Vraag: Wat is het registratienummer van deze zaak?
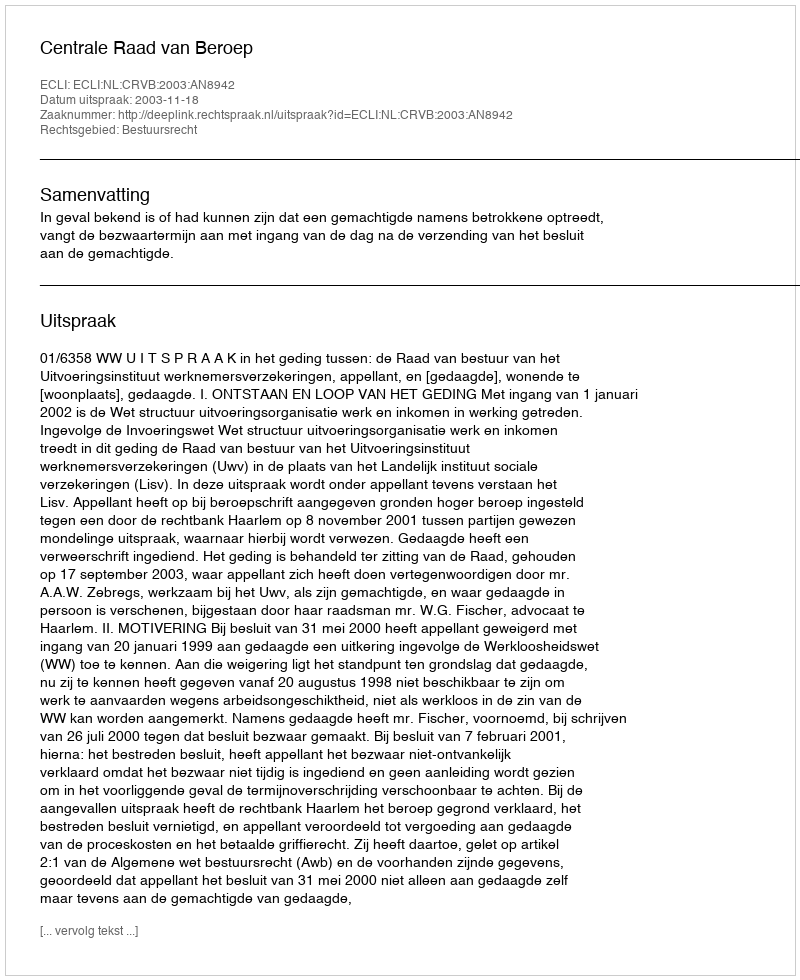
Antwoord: http://deeplink.rechtspraak.nl/uitspraak?id=ECLI:NL:CRVB:2003:AN8942